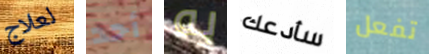
لعلاج أحد به سأدعك تفعل